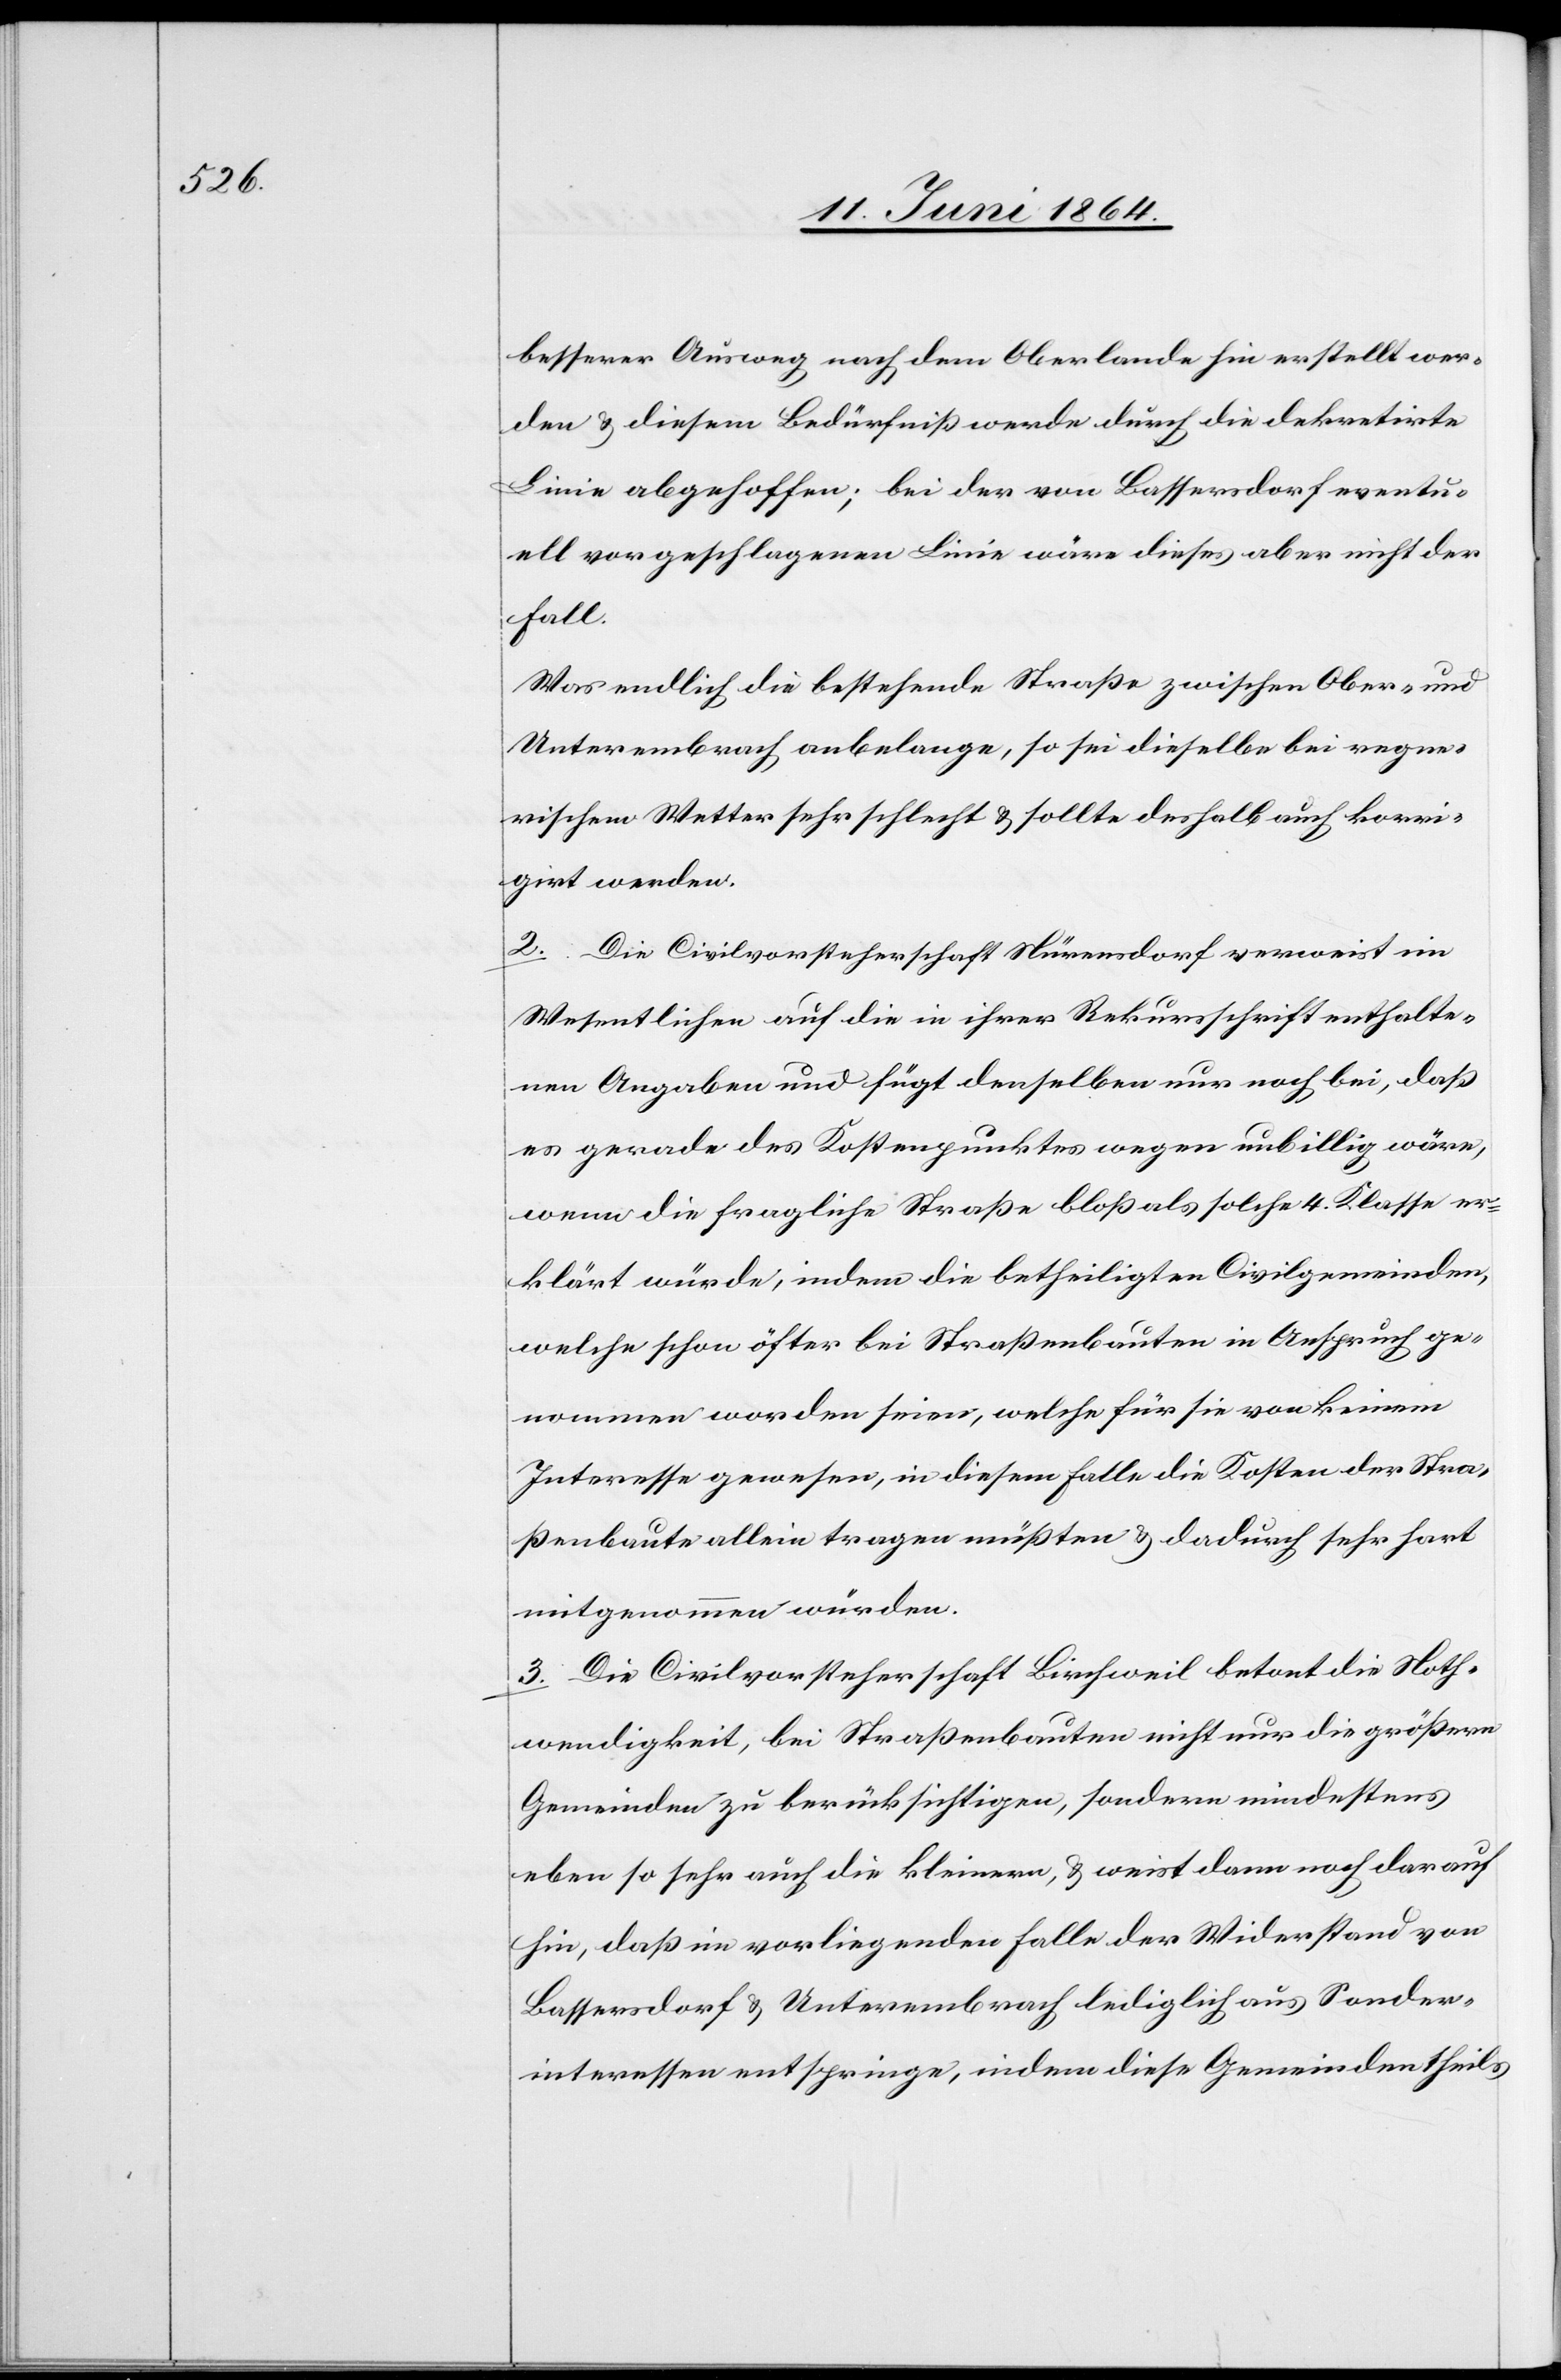
besserer Ausweg nach dem Oberlande hin erstellt wer¬
den u. diesem Bedürfniß werde durch die dekretirte
Linie abgehoffen [sic!]; bei der von Bassersdorf eventu¬
ell vorgeschlagenen Linie wäre dieses aber nicht der
Fall.
Was endlich die bestehende Straße zwischen Ober- und
Unterembrach anbelange, so sei dieselbe bei regne¬
rischem Wetter sehr schlecht u. sollte deshalb auch korri¬
girt werden.
2. Die Civilvorsteherschaft Nürensdorf verweist im
Wesentlichen auf die in ihrer Rekursschrift enthalte¬
nen Angaben und fügt denselben nur noch bei, daß
es gerade des Kostenpunktes wegen unbillig wäre,
wenn die fragliche Straße bloß als solche 4. Klasse er¬
klärt würde, indem die betheiligten Civilgemeinden,
welche schon öfter bei Straßenbauten in Anspruch ge¬
nommen worden seien, welche für sie von keinem
Interesse gewesen, in diesem Falle die Kosten der Stra¬
ßenbaute allein tragen müßten u. dadurch sehr hart
mitgenommen würden.
3. Die Civilvorsteherschaft Birchweil betont die Noth¬
wendigkeit, bei Straßenbauten nicht nur die größern
Gemeinden zu berücksichtigen, sondern mindestens
eben so sehr auch die kleinern, u. weist denn noch darauf
hin, daß im vorliegenden Falle der Widerstand von
Bassersdorf u. Unterembrach lediglich aus Sonder¬
interessen entspringe, indem diese Gemeinden theils